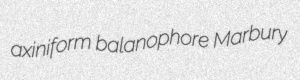
axiniform balanophore Marbury